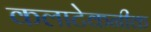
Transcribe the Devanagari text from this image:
कलाटेकनीक